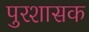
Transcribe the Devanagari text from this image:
पुरशासक